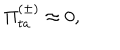
\Pi _ { t a } ^ { ( \pm ) } \approx 0 ,